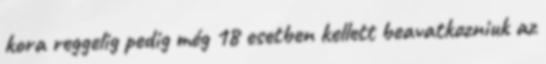
kora reggelig pedig még 18 esetben kellett beavatkozniuk az